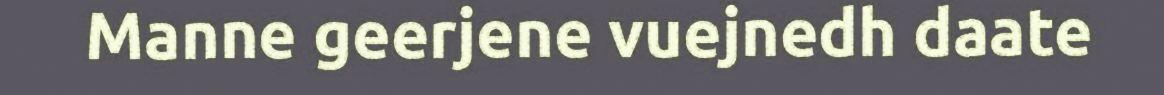
Manne geerjene vuejnedh daate